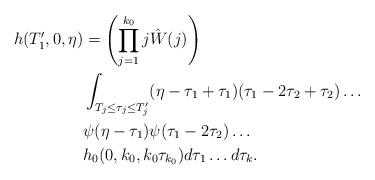
LaTeX: \begin{align*} h(T_1',0,\eta) &= \left( \prod_{j=1}^{k_0} j \hat{W}(j)\right) \\ & \int_{T_{j}\leq \tau_j \leq T_{j}'} (\eta-\tau_1 + \tau_1)(\tau_1-2\tau_2 + \tau_2) \dots \\ & \psi(\eta-\tau_1) \psi(\tau_1-2 \tau_2) \dots \\ & h_0(0, k_0, k_0 \tau_{k_0}) d\tau_1 \dots d\tau_{k}.\end{align*}